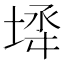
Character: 𡍅